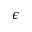
\epsilon